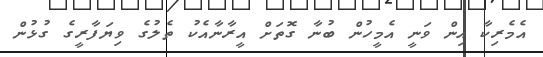
އެމެރިކާ އިން ވަނީ އެމީހުން ބުނާ ގޮތަށް އީރާނާއެކު ތެލުގެ ވިޔަފާރީގެ ގުޅުން